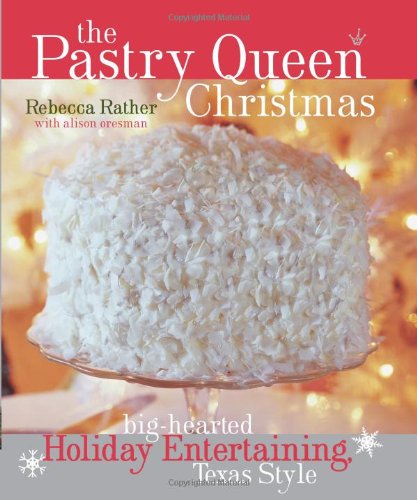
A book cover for The Pastry Queen Christmas: Big-hearted Holiday Entertaining, Texas Style; Rebecca Rather; Cookbooks, Food & Wine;